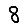
Digit: 8